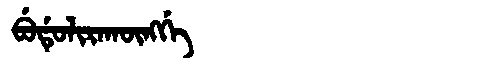
Manchu: ᠪᡠᡩᡠᠯᡳᡵᠠᡴᡡᠩᡤᡝ
Romanization: BUDULIRAKŪNGGE